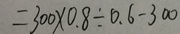
= 3 0 0 \times 0 . 8 \div 0 . 6 - 3 0 0